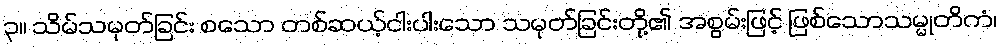
၃။ သိမ်သမုတ်ခြင်း စသော တစ်ဆယ့်ငါးပါးသော သမုတ်ခြင်းတို့၏ အစွမ်းဖြင့် ဖြစ်သောသမ္မုတိကံ၊